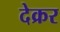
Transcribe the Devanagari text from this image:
देक्रर